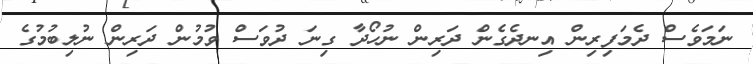
ނަމަވެސް ދެމަފިރިން އިނދެގެން ދަރިން ނުހޯދާ ގިނަ ދުވަސް ވުމުން ދަރިން ނުލިބުމުގެ